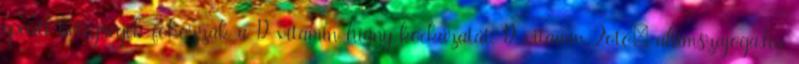
epeúti betegségek fokozzák a D-vitamin-hiány kockázatát. D-vitamin Fotó: ahimszajoga.hu